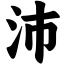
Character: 沛